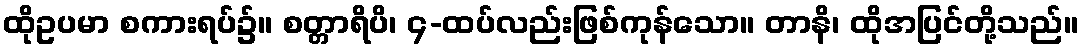
ထိုဥပမာ စကားရပ်၌။ စတ္တာရိပိ၊ ၄-ထပ်လည်းဖြစ်ကုန်သော။ တာနိ၊ ထိုအပြင်တို့သည်။